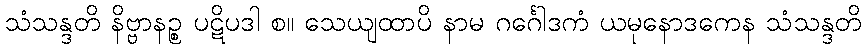
သံသန္ဒတိ နိဗ္ဗာနဉ္စ ပဋိပဒါ စ။ သေယျထာပိ နာမ ဂင်္ဂေါဒကံ ယမုနောဒကေန သံသန္ဒတိ